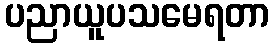
ပညာယူပသမေရတာ